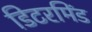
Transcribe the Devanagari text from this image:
डिटरमिंड